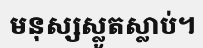
មនុស្សស្លូតស្លាប់។